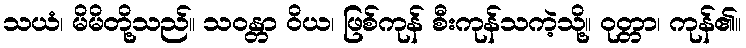
သယံ၊ မိမိတို့သည်။ သဝန္တာ ဝိယ၊ ဖြစ်ကုန် စီးကုန်သကဲ့သို့။ ဝုတ္တာ၊ ကုန်၏။